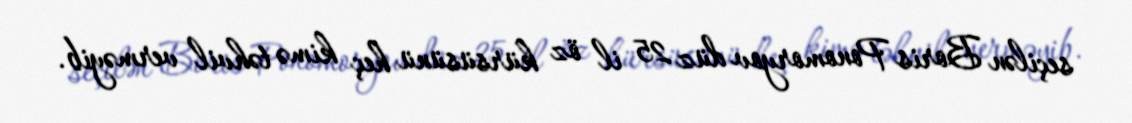
seçilən Boris Ponomoryov düz 25 il öz kürsüsünü heç kimə təhvil verməyib.